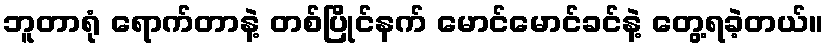
ဘူတာရုံ ရောက်တာနဲ့ တစ်ပြိုင်နက် မောင်မောင်ခင်နဲ့ တွေ့ရခဲ့တယ်။